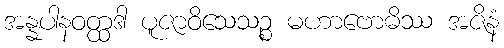
အန္နပါနဝတ္ထဒါ ပူဇာဝိသေသဉ္စ မဟာဗောဓိဿ အဇိနံ